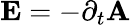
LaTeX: \mathbf{E}=-\partial_{t}\mathbf{A}